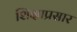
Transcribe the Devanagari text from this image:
शिक्षाप्रसार